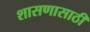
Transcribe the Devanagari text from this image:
शासणासाठी